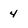
Character: 4